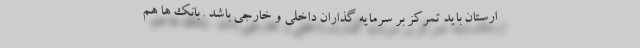
ارستان باید تمرکز بر سرمایه گذاران داخلی و خارجی باشد . بانک ها هم